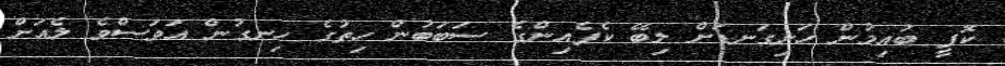
ކޮފީ ބުއިމުން ހަށިގަނޑަށް ލިބޭ ކެފެއިންގެ ސަބަބުން ހިތުގެ ހިނގުން އަވަސްވެ ލެއަށް